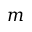
m